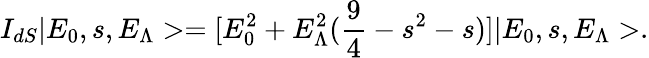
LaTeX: I_{dS}|E_{0},s,E_{\Lambda}>=[E_{0}^{2}+E_{\Lambda}^{2}(\frac{9}{4}-s^{2}-s)]|E_{0},s,E_{\Lambda}>.